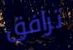
ترافق